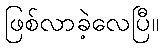
ဖြစ်လာခဲ့လေပြီ။